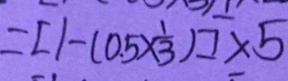
= [ 1 - ( 0 . 5 \times \frac { 1 } { 3 } ) ] \times 5